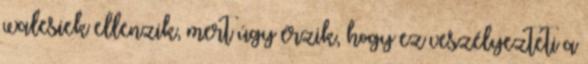
walesiek ellenzik, mert úgy érzik, hogy ez veszélyezteti a